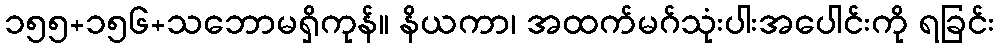
၁၅၅+၁၅၆+သဘောမရှိကုန်။ နိယကာ၊ အထက်မဂ်သုံးပါးအပေါင်းကို ရခြင်း